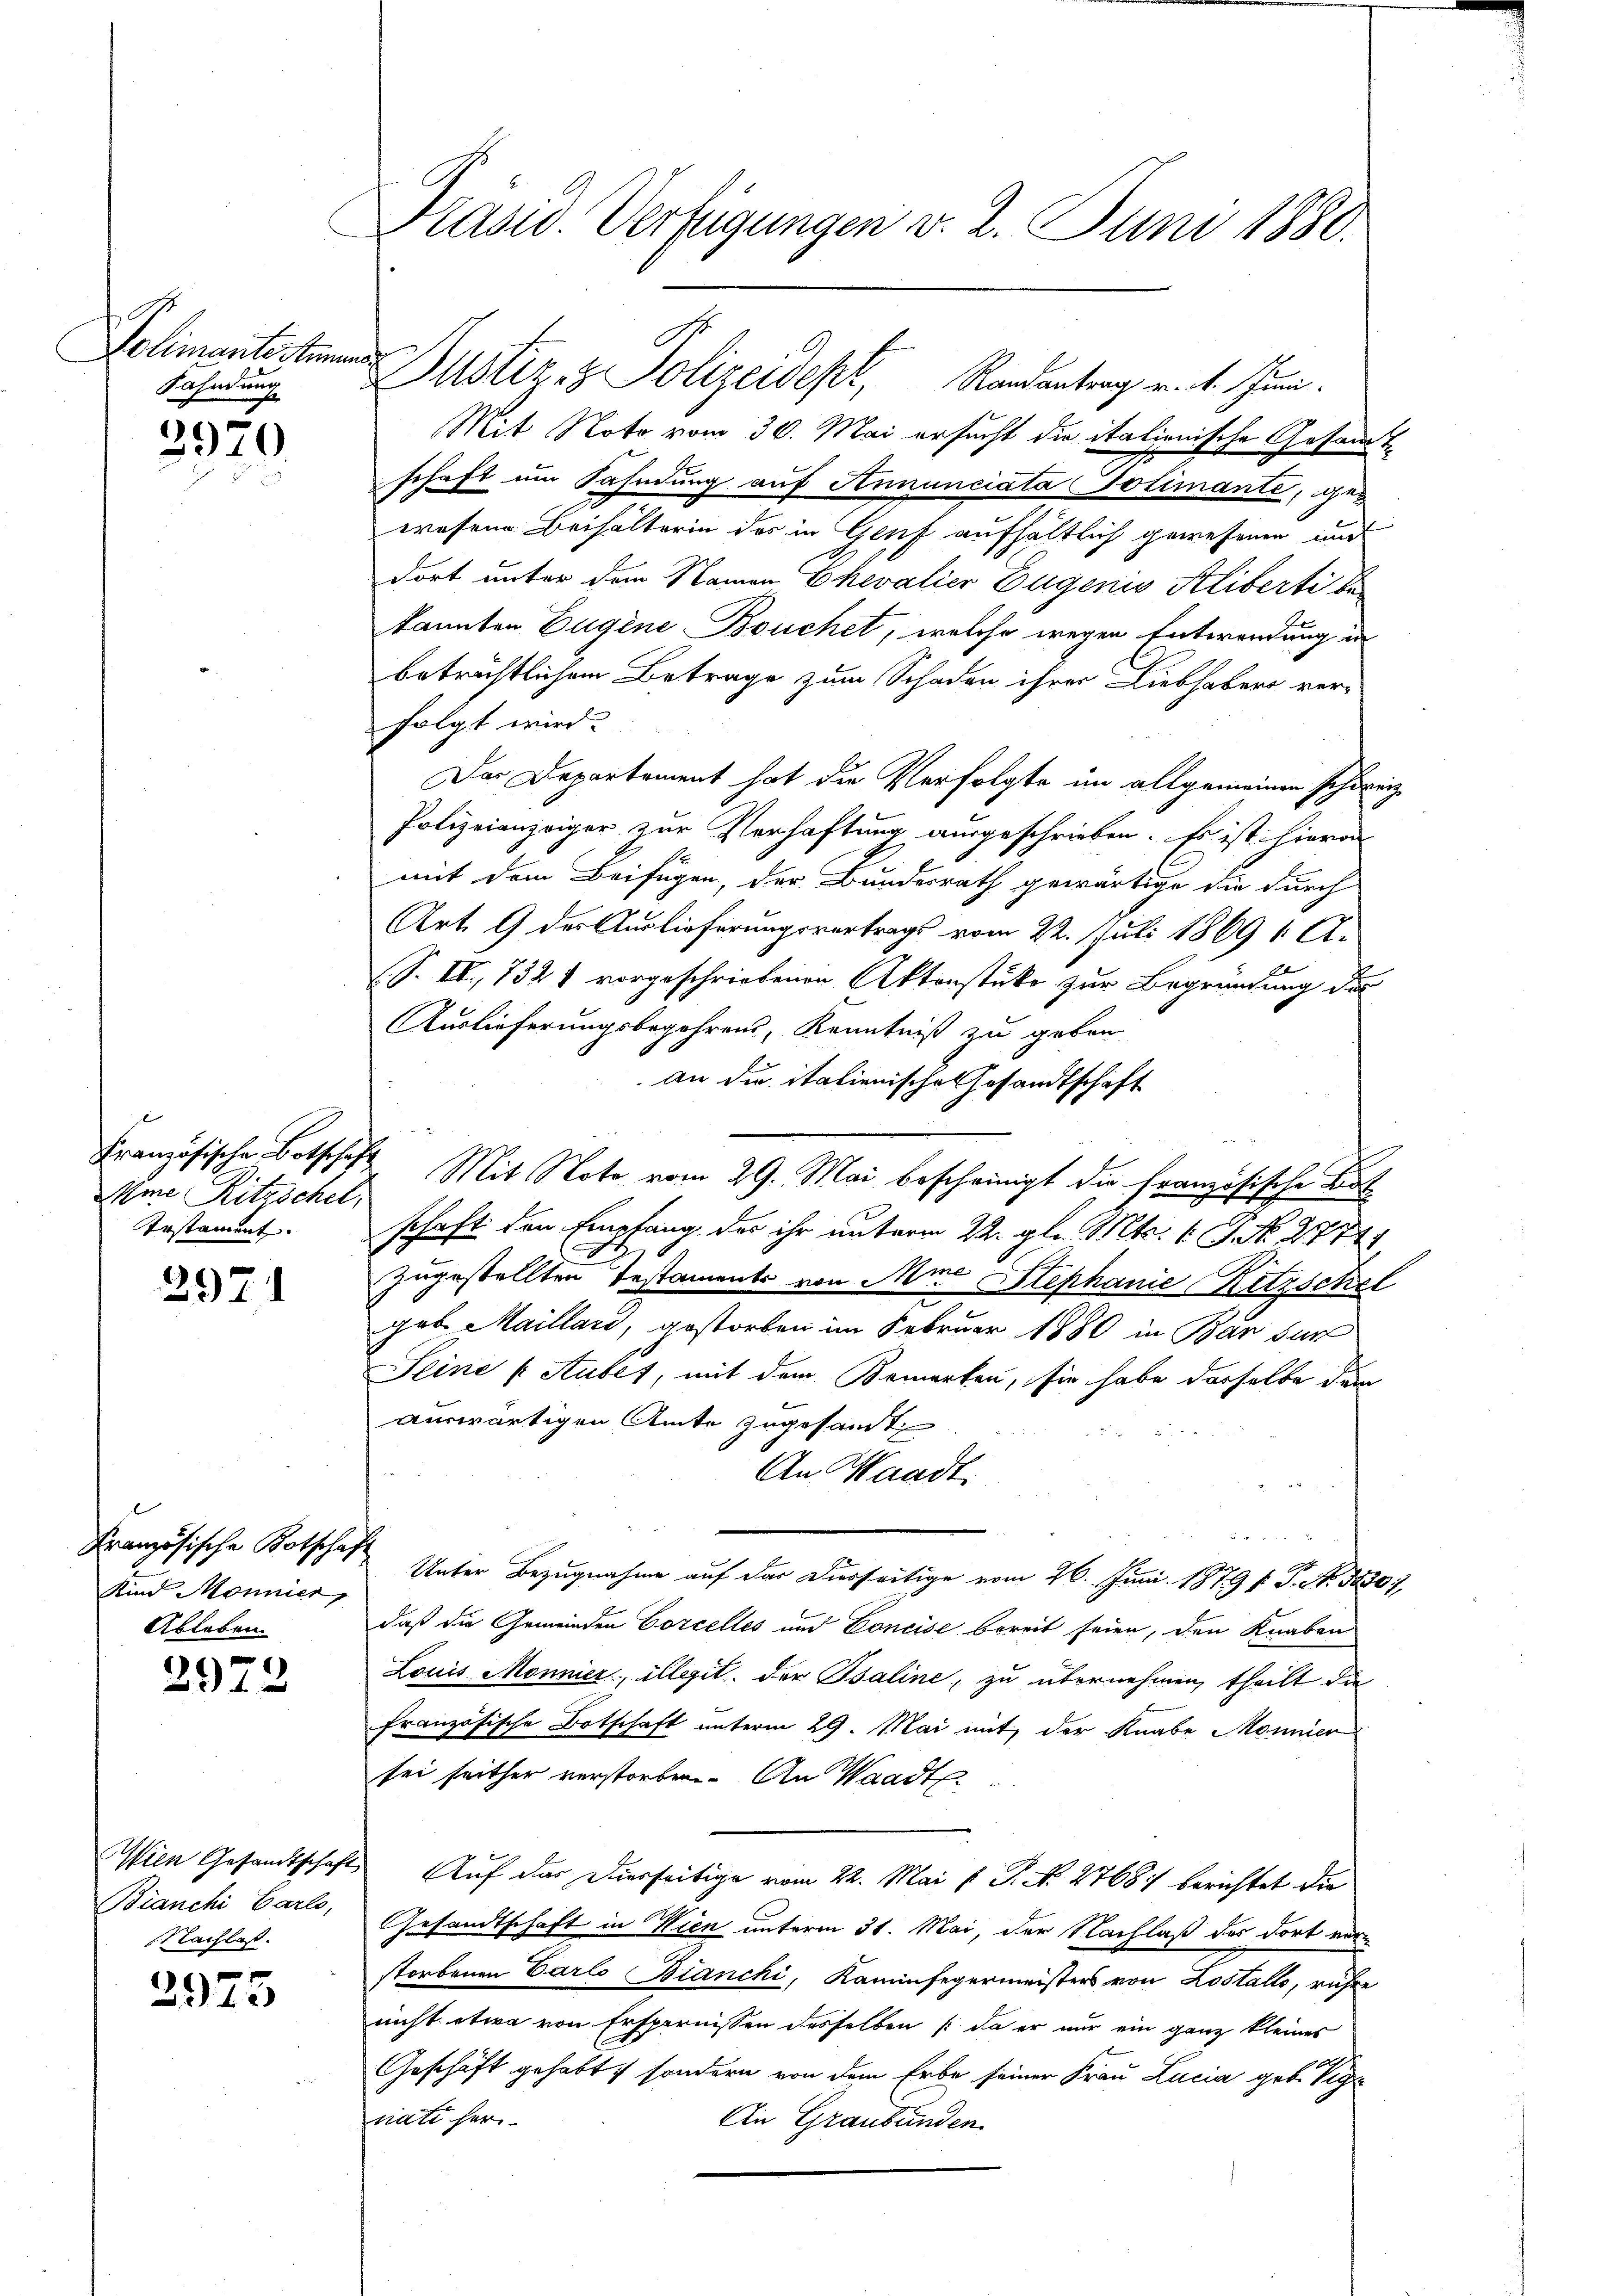
Fahndung

2970.

Mme Ritzschel,
Erstament.

297

2972

Bianchi Carlo,
Nachlaß.

2973

Französische Botschaft
Kind Mönnier,
Ableben.

Präsid. Verfügungen v. 2. Juni 1880.

Mit Noto vom 30. Mai ersucht die italienische Gesammt
schaft um Fahndung auf Annunciata Tolimante, gewesene Beihalterin des in Genf aufhältlich gewesenen und
dort unter dem Namen Ehevalier Eugenis Aliberti be-
kannten Eugene Bouchet, welche wegen Entwendung in
betrichtlichem Betrage zum Schaden ihrer Liebhabers ver-
folgt wird.
Der Departement hat die Verfolgte im allgemeinen schweiz
Polizeianzeiger zur Verhaftung ausgeschrieben. Es ist hievon
mit dem Beifügen, der Bundesrath gewärtige die durch
Art. 9 der Auslieferungsvertrags vom 22. Juli 1869 1. A.
S. II., 732 1 vorgeschriebenen Aktenstüke zur Begründung des
Auslieferungsbegehrens, Kenntniß zu geben
an die italienisches Gesandtschaft
Französische Botschaft Mit Note vom 29. Mai bescheinigt die französische Bot
schaft den Empfang des ihr unterm 22. gl. Mts. v. J. N. 277
zugestellten Testaments von Mine Stephanie Retzschel
gen Maillard, gestorben im Februar 1880 in Barbar
Seine „Aubet, mit dem Bemerken, sie habe dasselbe dem
auswärtigen Amte zugesandt
An Waadt.
Unter Bezugnahme auf der Diesseitige vom 26. Juni 1879 f. P. Nr. 18307,
daß die Gemeinden Corcelles und Concise bereit seien, den Knaben
Louis Mönnier, illegit. der Baline, zu übernehmen, theilt die
französische Botschaft unterm 29. Mai mit der Knabe Monnier
sei seither verstorben. An Waadt.
Wien Gesandtschaft Auf der Dierseitige vom 22. Mai l. J. N. 2768) berichtet die
Gesandtschaft in Wien unterm 31. Mai, der Nachlaß des dort erre
storbenen Carlo Bianchi, Kaminfegermeisters von Lostalls, rühre
nicht etwa von Ersparnissen desselben (da er nur ein ganz kleines
Geschäft gehabt, sondern von dem Erbe seiner Frau Lucia geb. Vige
nati her
Ain Graubünden

Polimanterten Justiz- & Polizeidept, Randantrag v. 1. Juni.